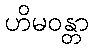
ဟိမဝန္တာ